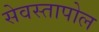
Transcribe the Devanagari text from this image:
सेवस्तापोल